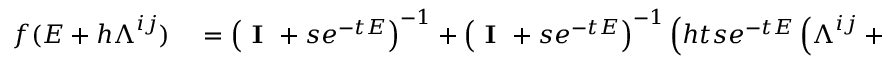
\begin{array} { r l } { f ( \boldsymbol { E } + h \boldsymbol { \Lambda } ^ { i j } ) } & { { } = \left( \textbf { I } + s e ^ { - t \boldsymbol { E } } \right) ^ { - 1 } + \left( \textbf { I } + s e ^ { - t \boldsymbol { E } } \right) ^ { - 1 } \left( h t s e ^ { - t \boldsymbol { E } } \left( \boldsymbol { \Lambda } ^ { i j } + \frac { t } { 2 } [ \boldsymbol { E } , \boldsymbol { \Lambda } ^ { i j } ] \right) \right) \left( \textbf { I } + s e ^ { - t \boldsymbol { E } } \right) ^ { - 1 } } \end{array}